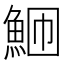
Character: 𬵎